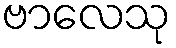
ဗာလေသု